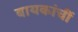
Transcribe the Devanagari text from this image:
बायकांचीं